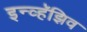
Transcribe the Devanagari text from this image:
इन्व्हॅझिव